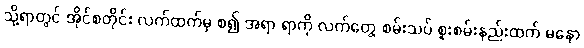
သို့ရာတွင် အိုင်စတိုင်း လက်ထက်မှ စ၍ အရာ ရာကို လက်တွေ့ စမ်းသပ် စူးစမ်းနည်းထက် မနော